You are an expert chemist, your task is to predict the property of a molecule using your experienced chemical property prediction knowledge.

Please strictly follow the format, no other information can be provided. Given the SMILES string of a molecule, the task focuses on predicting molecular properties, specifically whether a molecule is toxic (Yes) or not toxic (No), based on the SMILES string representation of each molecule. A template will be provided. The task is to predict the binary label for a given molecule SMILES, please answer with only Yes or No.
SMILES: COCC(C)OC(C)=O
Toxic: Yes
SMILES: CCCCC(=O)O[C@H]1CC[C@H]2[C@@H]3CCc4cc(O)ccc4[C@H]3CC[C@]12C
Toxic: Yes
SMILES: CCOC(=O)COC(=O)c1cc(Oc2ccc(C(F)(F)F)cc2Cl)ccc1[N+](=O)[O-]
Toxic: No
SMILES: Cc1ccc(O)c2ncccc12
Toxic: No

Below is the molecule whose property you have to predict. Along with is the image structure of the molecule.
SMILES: Nc1cc(N2CCCCC2)nc(N)[n+]1[O-]
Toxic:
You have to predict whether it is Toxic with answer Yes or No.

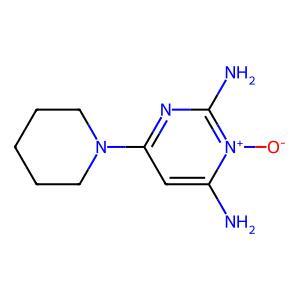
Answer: No